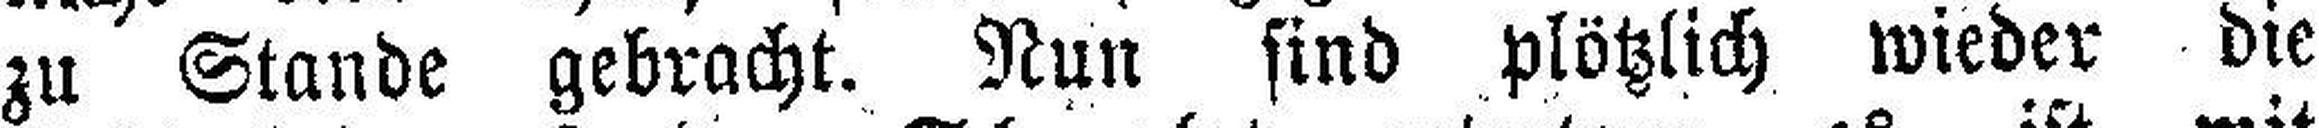
zu Stande gebracht. Nun sind plötzlich wieder die